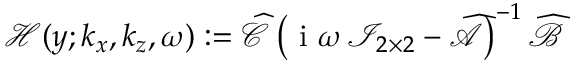
\mathcal { H } ( y ; k _ { x } , k _ { z } , \omega ) : = \widehat { \mathcal { C } } \left( \mathrm { ~ i ~ } \omega \, \mathcal { I } _ { 2 \times 2 } - \widehat { \mathcal { A } } \right) ^ { - 1 } \widehat { \mathcal { B } }